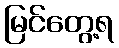
မြင်တွေ့ရ